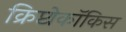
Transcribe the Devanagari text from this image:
क्रिप्टोकॉकिस